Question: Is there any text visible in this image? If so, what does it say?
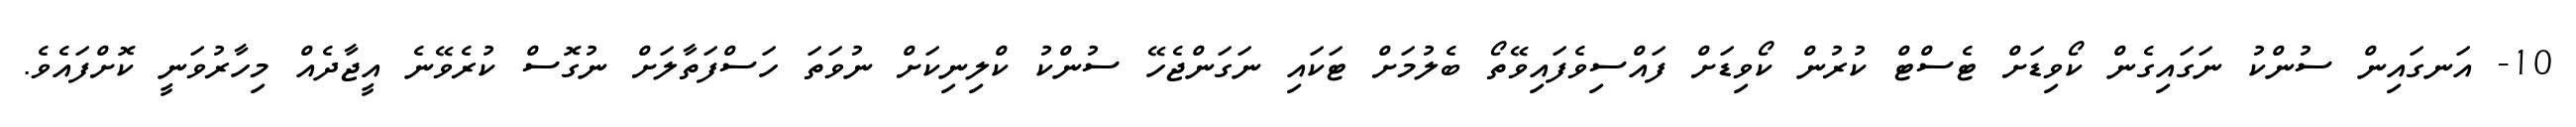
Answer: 10- އަނގައިން ސުންކު ނަގައިގެން ކޯވިޑަށް ޓެސްޓް ކުރުން ކޯވިޑަށް ފައްސިވެފައިވޭތޯ ބެލުމަށް ޓަކައި ނަގަންޖެހޭ ސުންކު ކްލިނިކަށް ނުވަތަ ހަސްފަތާލަށް ނުގޮސް ކުރެވޭނެ އީޖާދެއް މިހާރުވަނީ ކޮށްފައެވެ.